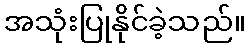
အသုံးပြုနိုင်ခဲ့သည်။